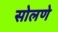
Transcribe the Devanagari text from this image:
सोलणे